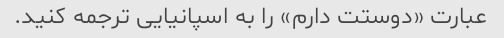
عبارت «دوستت دارم» را به اسپانیایی ترجمه کنید.